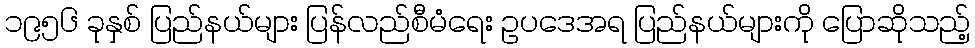
၁၉၅၆ ခုနှစ် ပြည်နယ်များ ပြန်လည်စီမံရေး ဥပဒေအရ ပြည်နယ်များကို ပြောဆိုသည့်